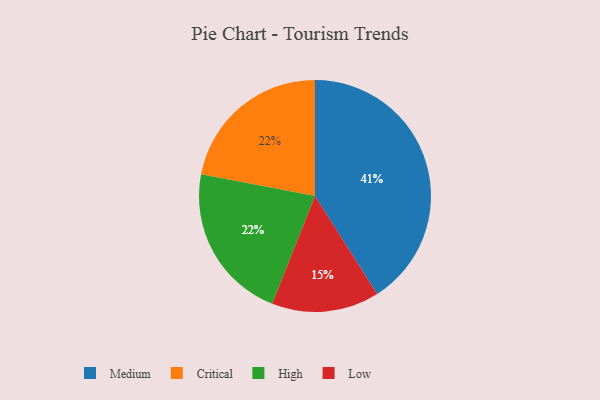
{"axis": {"x": "Category", "y": "Percentage"}, "legend": ["Critical", "High", "Low", "Medium"], "data": [{"x": "Critical", "y": 22, "type": "Critical"}, {"x": "Medium", "y": 41, "type": "Medium"}, {"x": "High", "y": 22, "type": "High"}, {"x": "Low", "y": 15, "type": "Low"}]}